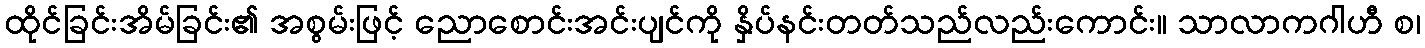
ထိုင်ခြင်းအိမ်ခြင်း၏ အစွမ်းဖြင့် ညောစောင်းအင်းပျင်ကို နှိပ်နင်းတတ်သည်လည်းကောင်း။ သာလာကဂါဟီ စ၊